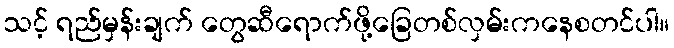
သင့် ရည်မှန်းချက် တွေဆီရောက်ဖို့ခြေတစ်လှမ်းကနေစတင်ပါ။